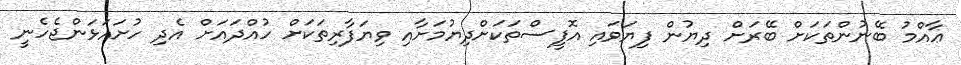
ޢާއްމު ބޭނުންތަކަށް ބޭރަށް ދިޔުން ފިޔަވައި އޮފީސްތަކަށްދިޔުމަށާއި ވިޔަފާރިތަކަށް ހުއްދައަށް އެދި ހުށައަޅަންޖެހެނީ